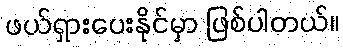
ဖယ်ရှားပေးနိုင်မှာ ဖြစ်ပါတယ်။